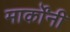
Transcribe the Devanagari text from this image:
मार्कोंनी